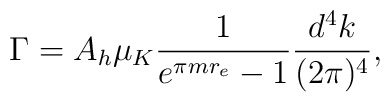
\Gamma = A_{h} \mu_{K} \frac{1}{e^{\pi m r_{e}} - 1}\frac{d^4k}{(2\pi)^4},